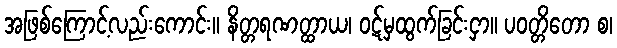
အဖြစ်ကြောင့်လည်းကောင်း။ နိတ္တရဏတ္ထာယ၊ ဝဋ်မှထွက်ခြင်းငှာ။ ပဝတ္တိတော စ၊